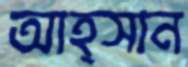
আহ্সান